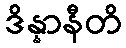
ဒိန္နာနီတိ